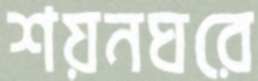
শয়নঘরে